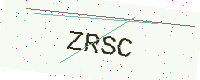
Text: ZRSC